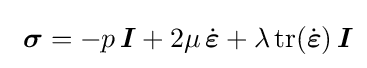
\,\,{\boldsymbol {\sigma }}=-p\,{\boldsymbol {I}}+2\mu \,{\dot {\boldsymbol {\varepsilon }}}+\lambda \,{\text{tr}}({\dot {\boldsymbol {\varepsilon }}})\,{\boldsymbol {I}}